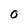
Character: 0